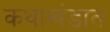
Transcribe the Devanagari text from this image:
कथाखंडात